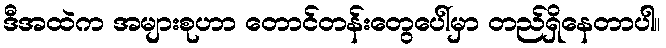
ဒီအထဲက အများစုဟာ တောင်တန်းတွေပေါ်မှာ တည်ရှိနေတာပါ။